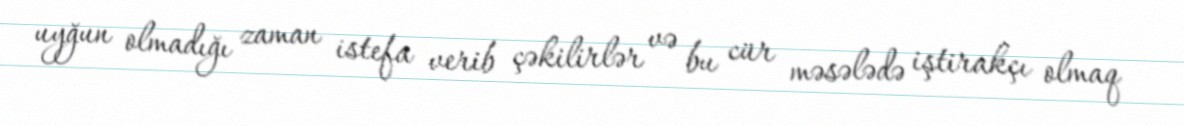
uyğun olmadığı zaman istefa verib çəkilirlər və bu cür məsələdə iştirakçı olmaq